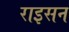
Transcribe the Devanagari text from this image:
राइसन